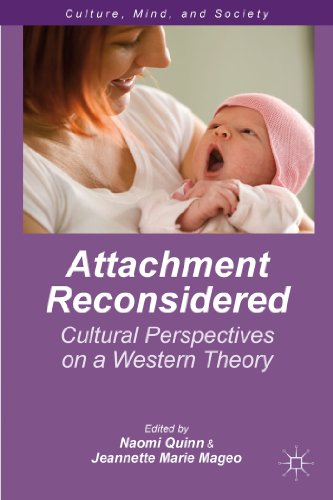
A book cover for Attachment Reconsidered: Cultural Perspectives on a Western Theory (Culture, Mind and Society); Medical Books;